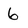
Character: 6